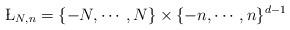
LaTeX: \begin{align*}\L_{N,n} =\{-N,\cdots,N\}\times \{-n,\cdots,n\}^{d-1}\end{align*}